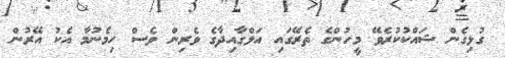
ގުޅިގެން ޝައްކުކުރެވޭ މީހުންގެ ތެރޭގައި އަލްގާއިދާގެ ވެރިން ވެސް ހިމެނުމާ އެކު އޭރުން